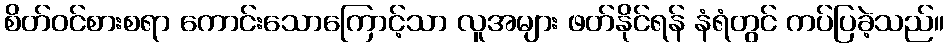
စိတ်ဝင်စားစရာ ကောင်းသောကြောင့်သာ လူအများ ဖတ်နိုင်ရန် နံရံတွင် ကပ်ပြခဲ့သည်။